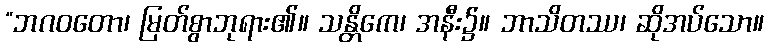
“ဘဂဝတော၊ မြတ်စွာဘုရား၏။ သန္တိကေ၊ အနီး၌။ ဘာသိတဿ၊ ဆိုအပ်သော။